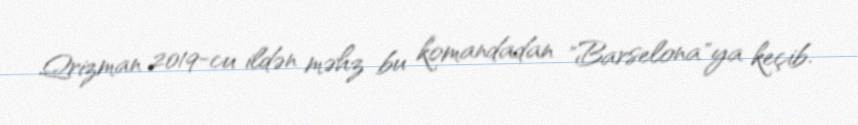
Qrizman 2019-cu ildən məhz bu komandadan "Barselona"ya keçib.